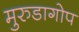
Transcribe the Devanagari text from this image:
मुरुडागोप